Calcutta medical institutions reports 1892-1900
Year: 1892
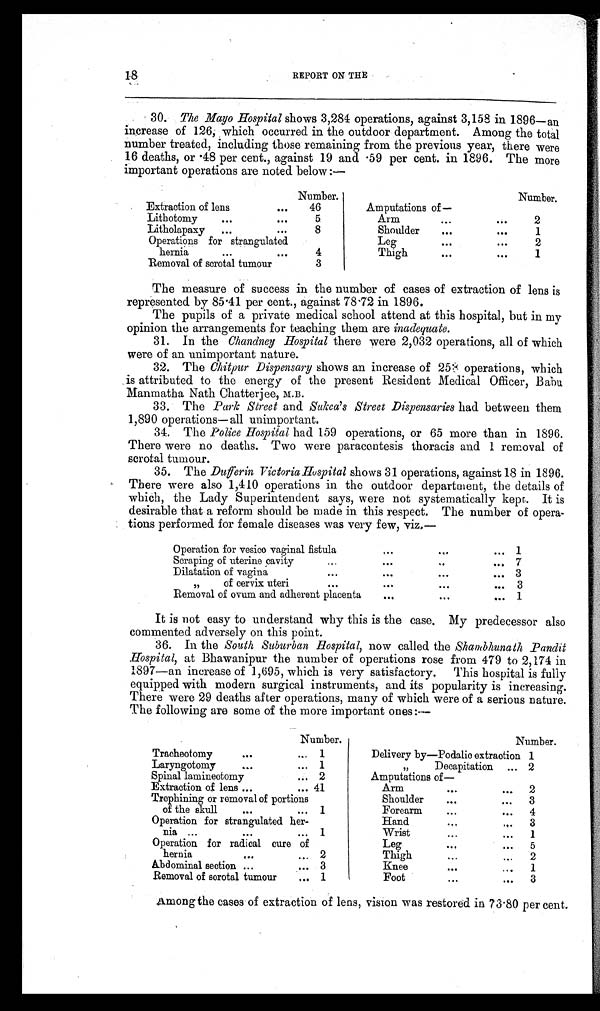
REPORT ON THE
30. The Mayo Hospital shows 3,284 operations, against 3,158 in 1896—an
increase of 126, which occurred in the outdoor department. Among the total
number treated, including those remaining from the previous year, there were
1 6 d e a t h s , o r . 4 8 p e r c e n t . , a g a i n s t 1 9 a n d . 5 9 p e r c e n t . i n 1 8 9 6 . T h e mo r e
important operations are noted below:—
Number.
Number.
Extraction of lens
...
46
Amputations of—
Lithotomy
...
...
5
Arm
...
. . .
2
Litholapaxy ...
. . .
8
Shoulder
...
...
1
Operations for strangulated
Leg
...
. . .
2
hernia
...
...
4
Thigh
...
. . .
1
Removal of scrotal tumour
3
The measure of success in the number of cases of extraction of lens is
represented by 85.41 per cent., against 78.72 in 1896.
The pupils of a private medical school attend at this hospital, but in my
opinion the arrangements for teaching them are inadequate.
31. In the Chandney Hospital there were 2,032 operations, all of which
were of an unimportant nature.
32. The Chitpur Dispensary shows an increase of 253 operations, which
is attributed to the energy of the present Resident Medical Officer, Babu
Manmatha Nath Chatterjee, M.B.
33. The Park Street and Sukea's Street Dispensaries had between them
1,890 operations—all unimportant.
34. The Police Hospital had 159 operations, or 65 more than in 1896.
There were no deaths. Two were paraccntesis thoracis and 1 removal of
scrotal tumour.
35. The Dufferin Victoria Hospital shows 31 operations, against 18 in 1896.
There were also 1,410 operations in the outdoor department, the details of
which, the Lady Superintendent says, were not systematically kept. It is
desirable that a reform should be made in this respect. The number of opera-
tions performed for female diseases was very few, viz.—
Operation for vesico vaginal fistula
. . . ...
... 1
Scraping of uterine cavity
...
...
...
. . . 7
Dilatation of vagina
...
. . .
...
... 3
,, of cervix uteri
...
. . .
...
. . . 3
Removal of ovum and adherent placenta
. . .
...
... 1
It is not easy to understand why this is the case. My predecessor also
commented adversely on this point.
36. In the South Suburban Hospital, now called the Shambhunath Pandit
Hospital, at Bhawanipur the number of operations rose from 479 to 2,174 in
1897—an increase of 1,695, which is very satisfactory. This hospital is fully
equipped with modern surgical instruments, and its popularity is increasing.
There were 29 deaths after operations, many of which were of a serious nature.
The following are some of the more important ones:—
Number.
Number.
Tracheotomy
. . .
... 1
Delivery by—Podalic extraction 1
Laryngotomy
...
...
1
,, Decapitation ... 2
Spinal laminectomy
... 2
Amput a t i ons of —
Extraction of lens ...
... 41
Arm
...
... 2
Trephining or removal of portions
Shoulder
...
... 3
of the skull
...
... 1
Forearm
...
... 4
Operation for strangulated her-
Hand
. . .
. . . 3
n i a
...
. . .
... 1
Wrist
...
... 1
Operation for radical cure of
Leg
. . .
... 5
hernia
. . .
... 2
Thigh
...
... 2
Abdominal section ...
... 3
Knee
. . .
... 1
Removal of scrotal tumour
. . . 1
Foot
. . .
. . . 3
Among the cases of extraction of lens, vision was restored in 73.80 per cent.